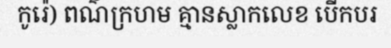
កូរ៉េ) ពណ៌ក្រហម គ្មានស្លាកលេខ បើកបរ